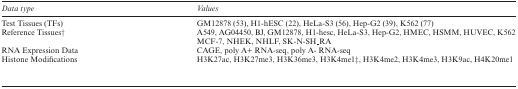
<table><thead><tr><td><b><i>Data type</i></b></td><td><b><i>Values</i></b></td></tr></thead><tbody><tr><td>Test Tissues (TFs)</td><td>GM12878 (53), H1-hESC (22), HeLa-S3 (56), Hep-G2 (39), K562 (77)</td></tr><tr><td>Reference Tissues†</td><td>A549, AG04450, BJ, GM12878, H1-hesc, HeLa-S3, Hep-G2, HMEC, HSMM, HUVEC, K562</td></tr><tr><td></td><td>MCF-7, NHEK, NHLF, SK-N-SH_RA</td></tr><tr><td>RNA Expression Data</td><td>CAGE, poly A+ RNA-seq, poly A- RNA-seq</td></tr><tr><td>Histone Modifications</td><td>H3K27ac, H3K27me3, H3K36me3, H3K4me1‡, H3K4me2, H3K4me3, H3K9ac, H4K20me1</td></tr></tbody></table>